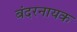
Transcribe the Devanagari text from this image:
बंदरनायक